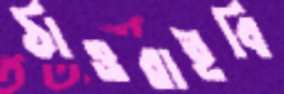
ঠাওরাইবি